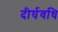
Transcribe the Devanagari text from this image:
दीर्घवधि